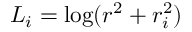
L _ { i } = \log ( r ^ { 2 } + r _ { i } ^ { 2 } )